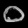
Digit: ၀